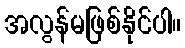
အလွန်မဖြစ်နိုင်ပါ။